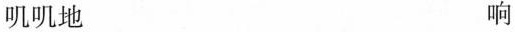
叽叽地 响